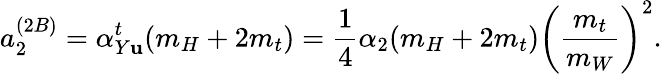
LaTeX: a_{2}^{(2B)}=\alpha_{Y\mathbf{u}}^{t}(m_{H}+2m_{t})=\frac{{1}}{{4}}\alpha_{2}(m_{H}+2m_{t})\left(\frac{{m_{t}}}{{m_{W}}}\right)^{2}.